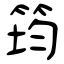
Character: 筠